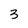
Character: 3